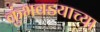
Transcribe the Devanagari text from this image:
कुंभवडयाच्या